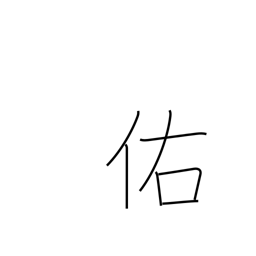
Meaning: assist